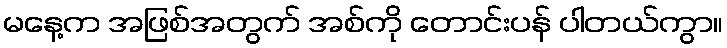
မနေ့က အဖြစ်အတွက် အစ်ကို တောင်းပန် ပါတယ်ကွာ။